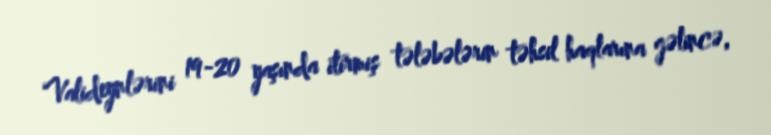
Valideynlərini 19-20 yaşında itirmiş tələbələrin təhsil haqlarına gəlincə,